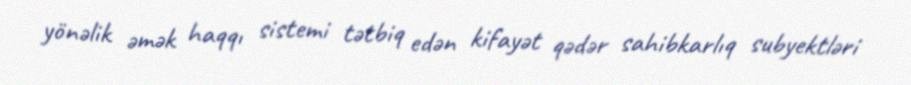
yönəlik əmək haqqı sistemi tətbiq edən kifayət qədər sahibkarlıq subyektləri